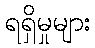
ရရှိမှုများ